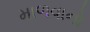
માળવાનો